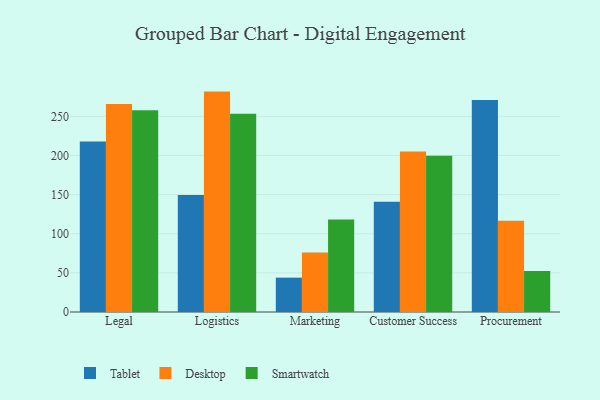
{"axis": {"x": "Department", "y": "Churn Rate (%)"}, "legend": ["Desktop", "Smartwatch", "Tablet"], "data": [{"x": "Legal", "y": 218.0, "type": "Tablet"}, {"x": "Legal", "y": 265.8, "type": "Desktop"}, {"x": "Legal", "y": 257.9, "type": "Smartwatch"}, {"x": "Logistics", "y": 149.7, "type": "Tablet"}, {"x": "Logistics", "y": 281.7, "type": "Desktop"}, {"x": "Logistics", "y": 253.5, "type": "Smartwatch"}, {"x": "Marketing", "y": 43.9, "type": "Tablet"}, {"x": "Marketing", "y": 76.2, "type": "Desktop"}, {"x": "Marketing", "y": 118.2, "type": "Smartwatch"}, {"x": "Customer Success", "y": 140.8, "type": "Tablet"}, {"x": "Customer Success", "y": 205.0, "type": "Desktop"}, {"x": "Customer Success", "y": 199.7, "type": "Smartwatch"}, {"x": "Procurement", "y": 270.9, "type": "Tablet"}, {"x": "Procurement", "y": 116.6, "type": "Desktop"}, {"x": "Procurement", "y": 52.5, "type": "Smartwatch"}]}